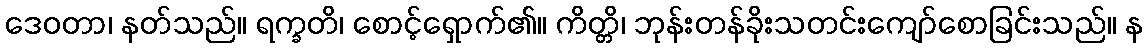
ဒေဝတာ၊ နတ်သည်။ ရက္ခတိ၊ စောင့်ရှောက်၏။ ကိတ္တိ၊ ဘုန်းတန်ခိုးသတင်းကျော်စောခြင်းသည်။ န